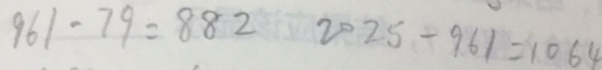
9 6 1 - 7 9 = 8 8 2 2 0 2 5 - 9 6 1 = 1 0 6 4